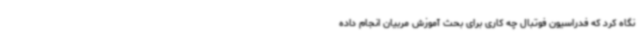
نگاه کرد که فدراسیون فوتبال چه کاری برای بحث آموزش مربیان انجام داده